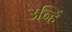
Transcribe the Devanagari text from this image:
उन्हिं